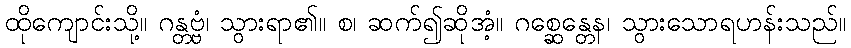
ထိုကျောင်းသို့။ ဂန္တဗ္ဗံ၊ သွားရာ၏။ စ၊ ဆက်၍ဆိုအံ့။ ဂစ္ဆေန္တေန၊ သွားသောရဟန်းသည်။